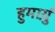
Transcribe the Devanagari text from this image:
हुमाय़ुं